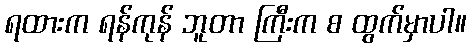
ရထားက ရန်ကုန် ဘူတာ ကြီးက စ ထွက်မှာပါ။